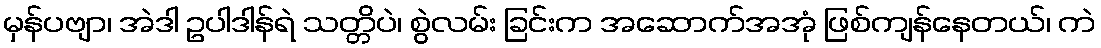
မှန်ပဗျာ၊ အဲဒါ ဥပါဒါန်ရဲ သတ္တိပဲ၊ စွဲလမ်း ခြင်းက အဆောက်အအုံ ဖြစ်ကျန်နေတယ်၊ ကဲ